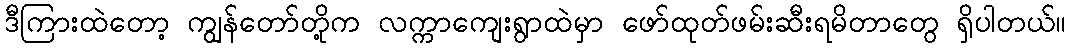
ဒီကြားထဲတော့ ကျွန်တော်တို့က လက္ကာကျေးရွာထဲမှာ ဖော်ထုတ်ဖမ်းဆီးရမိတာတွေ ရှိပါတယ်။